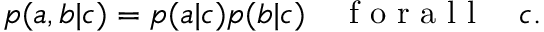
\begin{array} { r } { p ( a , b | c ) = p ( a | c ) p ( b | c ) \quad \mathrm { ~ f ~ o ~ r ~ a ~ l ~ l ~ } \quad c . } \end{array}